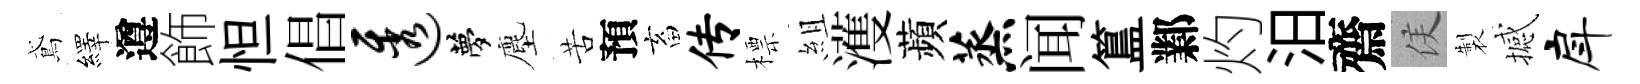
鳶繹遵飾怛倡透夢塵苦預畜传標組濩蘋蒸闻簋鄴灼汨齋侯製撼戽